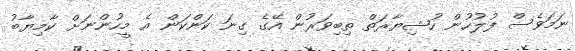
ނަމަވެސް ފުލުހުން ހުޝިޔާރަތް ތިބިވަރުން އޭގެ ގިނަ ކަންކަން އެ މީހުންނަށް ކާމިޔާބު